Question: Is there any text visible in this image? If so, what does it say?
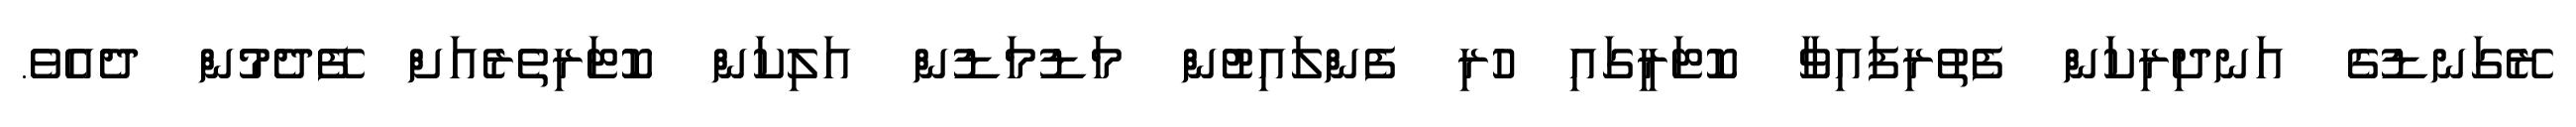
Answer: ރޭގަނޑުގެ އަނދިރިކަން ފެތުރިފައިވާ ކޮޓަރީގައި ހުރި ފެންލައިޓުން މަޑުމަޑުން އަލިކަން ކޮޓަރިތެރެއަށް ފޭދެމުން ދެއެވެ.